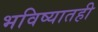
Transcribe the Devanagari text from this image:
भविष्यातही